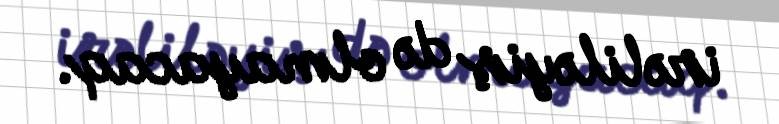
irəliləyiş də olmayacaq.